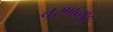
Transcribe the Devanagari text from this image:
चरणब्यूह